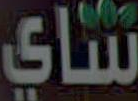
شاي